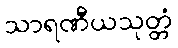
သာရဏီယသုတ္တံ